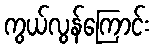
ကွယ်လွန်ကြောင်း